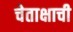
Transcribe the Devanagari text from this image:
चेताक्षाची